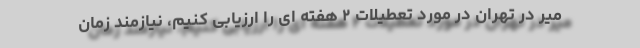
میر در تهران در مورد تعطیلات ۲ هفته ای را ارزیابی کنیم، نیازمند زمان